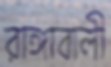
রাঙ্গাবালী